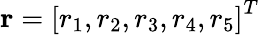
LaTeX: {\mathbf r}=\left[r_{1},r_{2},r_{3},r_{4},r_{5}\right]^{T}